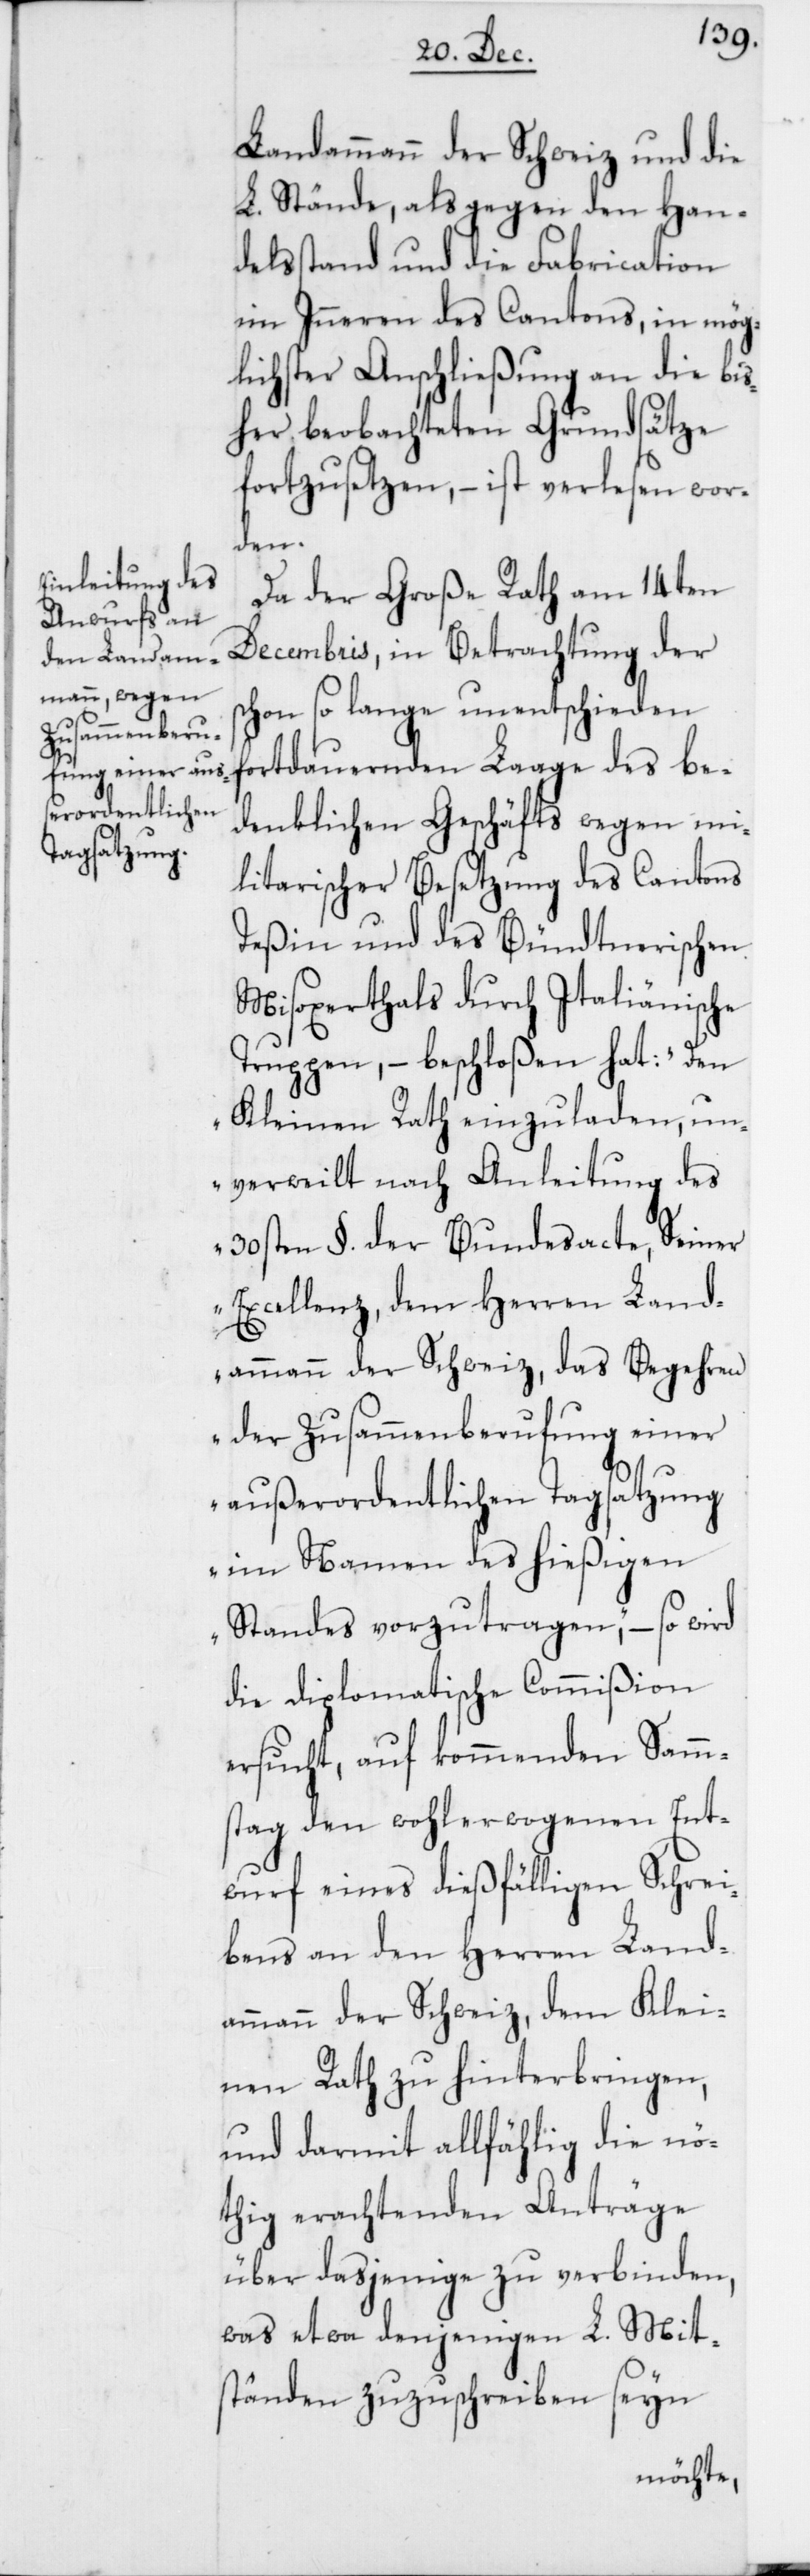
Landammann der Schweiz und die
L. Stände, als gegen den Han¬
delsstand und die Fabrication
im Inneren des Cantons, in mög¬
lichster Anschließung an die bi¬
sher beobachteten Grundsätze
fortzusetzen, – ist verlesen wor¬
den.
Da der Große Rath am 14ten
Decembris, in Betrachtung der
schon so lange unentschieden
fortdauernden Laage des be¬
denklichen Geschäfts wegen mi¬
litarischer Besetzung des Cantons
Teßin und des Bündtnerischen
Misoxerthals durch Italienische
Truppen, – beschloßen hat:
Kleinen Rath einzuladen, un¬
verweilt nach Anleitung des
30sten §. der Bundesacte, Seiner
Excellenz, dem Herren Land¬
ammann der Schweiz, das Begehren
der Zusammenberufung einer
außerordentlichen Tagsatzung
im Namen des hießigen
Standes vorzutragen“, – so wird
die diplomatische Commißion
ersucht, auf kommenden Samm¬
stag den wohlerwogenen Ent¬
wurf eines dießfälligen Schrei¬
bens an den Herren Land¬
ammann der Schweiz, dem Klei¬
nen Rath zu hinterbringen,
und darmit allfählig die nö¬
thig erachtenden Anträge
über dasjenige zu verbinden,
was etwa denjenigen L. Mit¬
ständen zuzuschreiben seyn